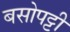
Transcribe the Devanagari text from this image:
बसोपट्टी